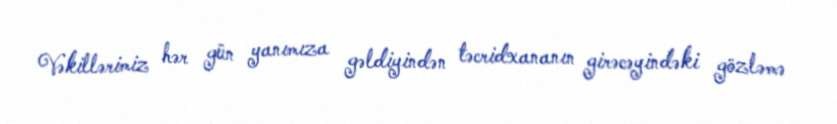
Vəkillərimiz hər gün yanımıza gəldiyindən təcridxananın girəcəyindəki gözləmə